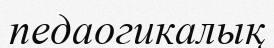
педаогикалық